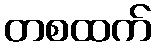
တစထက်